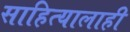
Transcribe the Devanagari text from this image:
साहित्यालाही